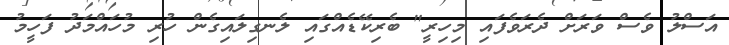
އަސްލު ވެސް ވަރަށް ދެރަވެފައި މިހިރީ" ބެރިކޭޑެއްގައި ލެނގިލައިގެން ހުރި މުހައްމަދު ފަހީމު